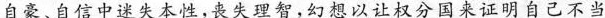
自、自信中迷失本性，丧失理智，幻想以让权分国来证明自己不当